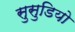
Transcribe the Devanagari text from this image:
सुसुडियो